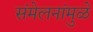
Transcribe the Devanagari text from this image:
संमेलनांमुळे